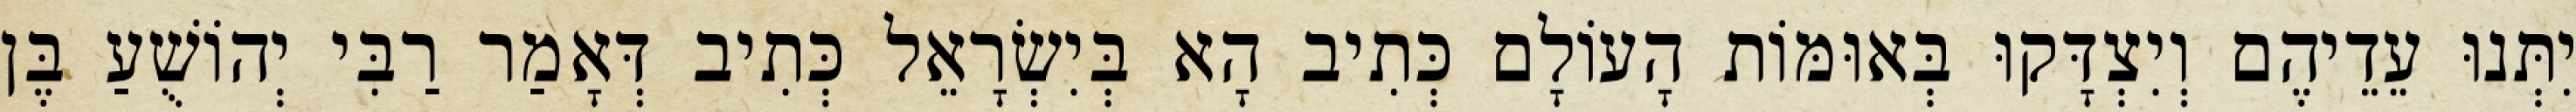
יִתְּנוּ עֵדֵיהֶם וְיִצְדָּקוּ בְּאוּמּוֹת הָעוֹלָם כְּתִיב הָא בְּיִשְׂרָאֵל כְּתִיב דְּאָמַר רַבִּי יְהוֹשֻׁעַ בֶּן